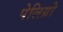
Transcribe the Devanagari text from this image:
पेलिग्रो